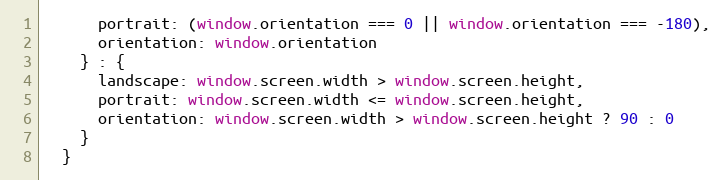
Language: JavaScript
      portrait: (window.orientation === 0 || window.orientation === -180),
      orientation: window.orientation
    } : {
      landscape: window.screen.width > window.screen.height,
      portrait: window.screen.width <= window.screen.height,
      orientation: window.screen.width > window.screen.height ? 90 : 0
    }
  }